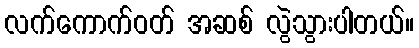
လက်ကောက်ဝတ် အဆစ် လွဲသွားပါတယ်။